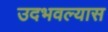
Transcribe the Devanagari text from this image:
उदभवल्यास